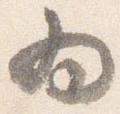
為